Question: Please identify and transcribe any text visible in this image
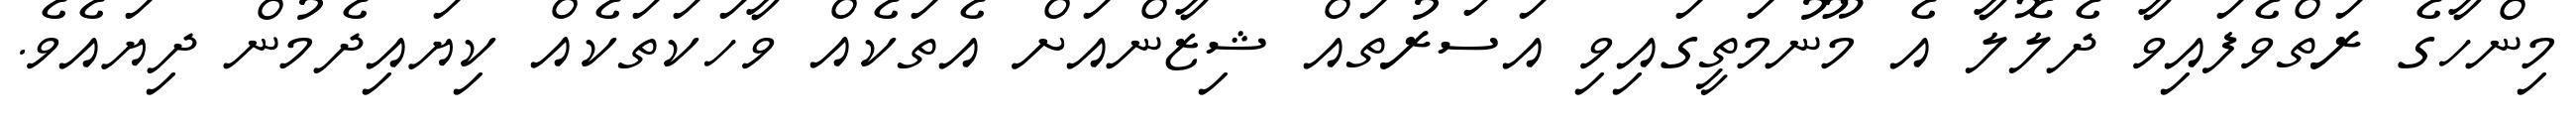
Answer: މިންހާގެ ރަތްވެފައިވާ ދެލޮލާ އެ މޫނުމަތީގައިވި އަސަރުތައް ޝިޒާންއަށް އެތަކެއް ވާހަކަތަކެއް ކިޔައިދެމުން ދިޔައެވެ.